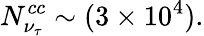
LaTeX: N_{\nu_{\tau}}^{cc}\sim(3\times 10^{4}).